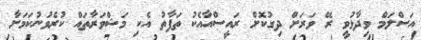
އަސްލަމް ވިދާޅުވީ ރޭ ވަރަށް ދިގުކޮށް ރައީސްއާއެކު ތަފާތު އެކި މަޝްވަރާތައް ކުރެވުނުކަމަށާ